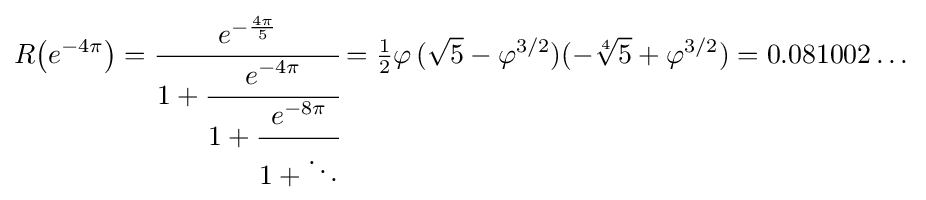
R{\big (}e^{-4\pi }{\big )}={\cfrac {e^{-{\frac {4\pi }{5}}}}{1+{\cfrac {e^{-4\pi }}{1+{\cfrac {e^{-8\pi }}{1+\ddots }}}}}}={\tfrac {1}{2}}\varphi \,({\sqrt {5}}-\varphi ^{3/2})(-{\sqrt[{4}]{5}}+\varphi ^{3/2})=0.081002\dots